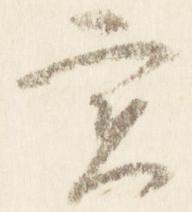
実